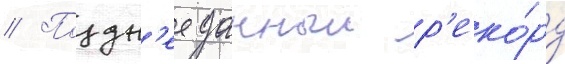
// Поздн'ее данныи р'еко́рд